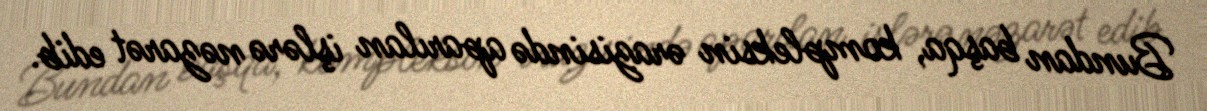
Bundan başqa, kompleksin ərazisində aparılan işlərə nəzarət edib.